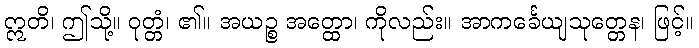
ဣတိ၊ ဤသို့။ ဝုတ္တံ၊ ၏။ အယဉ္စ အတ္ထော၊ ကိုလည်း။ အာကင်္ခေယျသုတ္တေန၊ ဖြင့်။